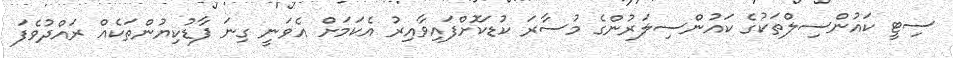
ސިޓީ ކައުންސިލްތަކުގެ ކައުންސިލަރުންގެ މުސާރަ ކުޑަކޮށްފައިވާއިރު އެކަމަށް އެވަނީ ގިނަ ފާޑުކިޔުންތަކެއް ރައްދުވެފަ